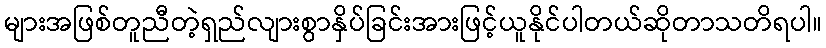
များအဖြစ်တူညီတဲ့ရှည်လျားစွာနှိပ်ခြင်းအားဖြင့်ယူနိုင်ပါတယ်ဆိုတာသတိရပါ။